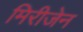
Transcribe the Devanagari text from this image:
मिरीजेन